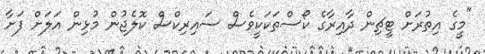
"މީގެ އިތުރަށް ޓީޗިން ދާއިރާގެ ކޯސްތަަކަކީވެސް ސައިރިކްސް ކޮލެޖުން މުޅިން އަލަށް ފަށާ